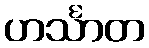
ဟင်္သာတ